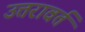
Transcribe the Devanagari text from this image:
उत्तरावर्त